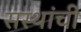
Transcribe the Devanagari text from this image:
सस्थांची